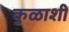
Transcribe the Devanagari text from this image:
कुळाशी